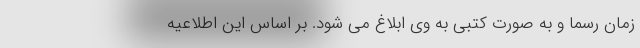
زمان رسما و به صورت کتبی به وی ابلاغ می شود. بر اساس این اطلاعیه